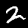
Label: 2